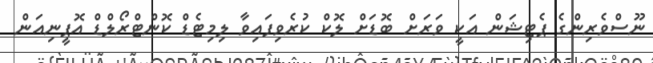
ނޫސްވެރިންގެ ޕެޓިޝަން އަކީ ވަރަށް ބޮޑަށް ލޮކް ކުރެވިފައިވާ ލިމިޓެޑް ކޮންޓްރޯލްޑް އޮޕީނިއަން